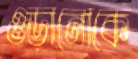
ওড়ানোকে